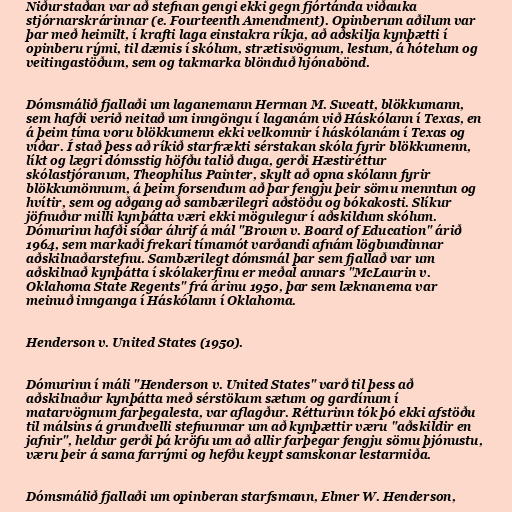
Niðurstaðan var að stefnan gengi ekki gegn fjórtánda viðauka
stjórnarskrárinnar (e. Fourteenth Amendment). Opinberum aðilum var
þar með heimilt, í krafti laga einstakra ríkja, að aðskilja kynþætti í
opinberu rými, til dæmis í skólum, strætisvögnum, lestum, á hótelum og
veitingastöðum, sem og takmarka blönduð hjónabönd.

Dómsmálið fjallaði um laganemann Herman M. Sweatt, blökkumann,
sem hafði verið neitað um inngöngu í laganám við Háskólann í Texas, en
á þeim tíma voru blökkumenn ekki velkomnir í háskólanám í Texas og
víðar. Í stað þess að ríkið starfrækti sérstakan skóla fyrir blökkumenn,
líkt og lægri dómsstig höfðu talið duga, gerði Hæstiréttur
skólastjóranum, Theophilus Painter, skylt að opna skólann fyrir
blökkumönnum, á þeim forsendum að þar fengju þeir sömu menntun og
hvítir, sem og aðgang að sambærilegri aðstöðu og bókakosti. Slíkur
jöfnuður milli kynþátta væri ekki mögulegur í aðskildum skólum.
Dómurinn hafði síðar áhrif á mál "Brown v. Board of Education" árið
1964, sem markaði frekari tímamót varðandi afnám lögbundinnar
aðskilnaðarstefnu. Sambærilegt dómsmál þar sem fjallað var um
aðskilnað kynþátta í skólakerfinu er meðal annars "McLaurin v.
Oklahoma State Regents" frá árinu 1950, þar sem læknanema var
meinuð innganga í Háskólann í Oklahoma.

Henderson v. United States (1950).

Dómurinn í máli "Henderson v. United States" varð til þess að
aðskilnaður kynþátta með sérstökum sætum og gardínum í
matarvögnum farþegalesta, var aflagður. Rétturinn tók þó ekki afstöðu
til málsins á grundvelli stefnunnar um að kynþættir væru "aðskildir en
jafnir", heldur gerði þá kröfu um að allir farþegar fengju sömu þjónustu,
væru þeir á sama farrými og hefðu keypt samskonar lestarmiða.

Dómsmálið fjallaði um opinberan starfsmann, Elmer W. Henderson,